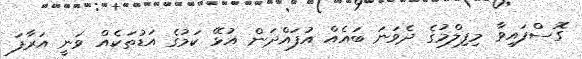
ގޮސްފައިވާ މިފިލްމުގެ ދެވަނަ ބައެއް އުފައްދަން އުޅޭ ކަމުގެ އަޑުތަކެއް ވަނީ އަރާފަ